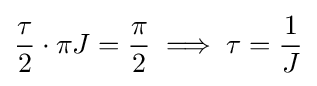
{\frac {\tau }{2}}\cdot \pi J={\frac {\pi }{2}}\implies \tau ={\frac {1}{J}}